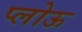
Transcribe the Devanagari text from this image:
प्लोऊ